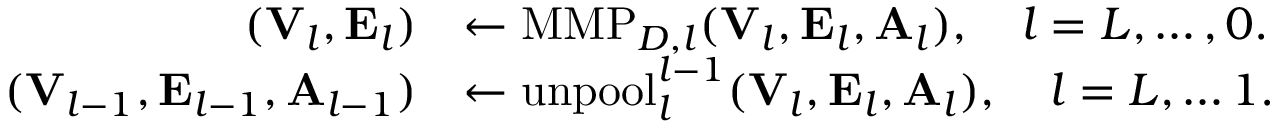
\begin{array} { r l } { ( { \bf V } _ { l } , { \bf E } _ { l } ) } & { \leftarrow \mathrm { M M P } _ { { \cal D } , l } ( { \bf V } _ { l } , { \bf E } _ { l } , { \bf A } _ { l } ) , \quad l = L , \ldots , 0 . } \\ { ( { \bf V } _ { l - 1 } , { \bf E } _ { l - 1 } , { \bf A } _ { l - 1 } ) } & { \leftarrow \mathrm { u n p o o l } _ { l } ^ { l - 1 } ( { \bf V } _ { l } , { \bf E } _ { l } , { \bf A } _ { l } ) , \quad l = L , \ldots 1 . } \end{array}